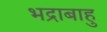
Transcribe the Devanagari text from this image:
भद्राबाहु